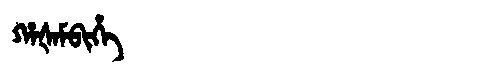
Manchu: ᡥᠠᡧᠠᠮᠪᡳᡥᡝ
Romanization: HAŠAMBIHE